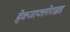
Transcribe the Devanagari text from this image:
हेक्जाफ्लोराइड